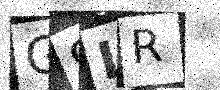
Text: G9LR